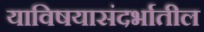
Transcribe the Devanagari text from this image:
याविषयासंदर्भातील